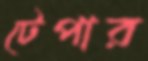
টেপার